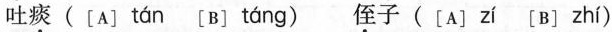
吐痰([A] tán [B] táng )侄子([A] zí [B] zhí )